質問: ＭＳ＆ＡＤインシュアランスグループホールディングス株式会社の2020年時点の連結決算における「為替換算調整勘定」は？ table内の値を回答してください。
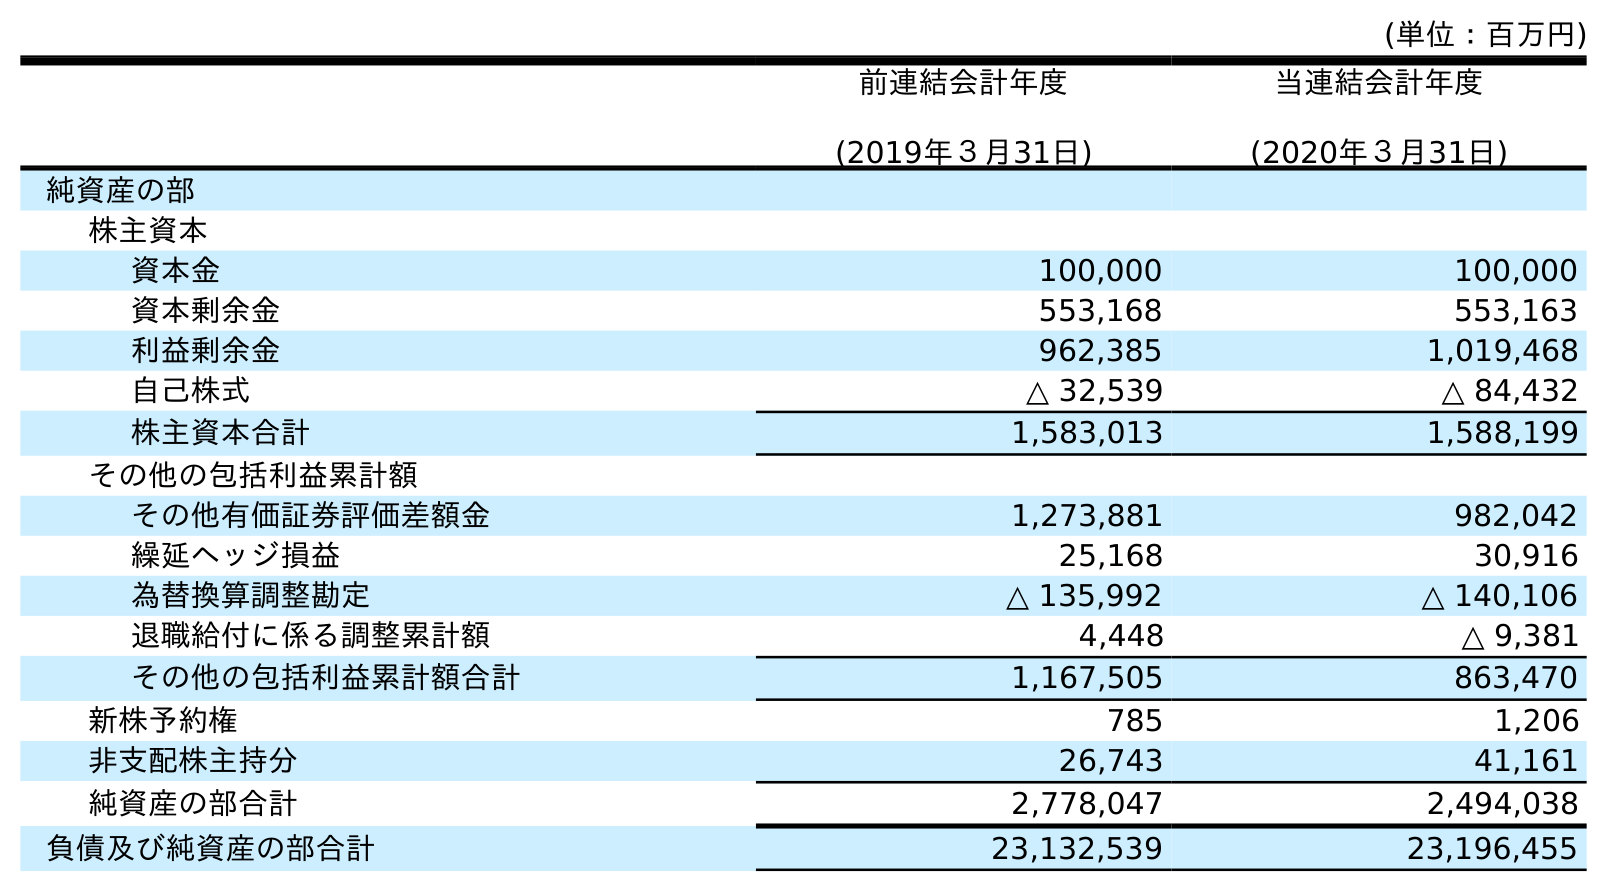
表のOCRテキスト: (単位：百万円) 前連結会計年度 (2019年３月31日) 当連結会計年度 (2020年３月31日) 純資産の部 株主資本 資本金 100,000 100,000 資本剰余金 553,168 553,163 利益剰余金 962,385 1,019,468 自己株式 △ 32,539 △ 84,432 株主資本合計 1,583,013 1,588,199 その他の包括利益累計額 その他有価証券評価差額金 1,273,881 982,042 繰延ヘッジ損益 25,168 30,916 為替換算調整勘定 △ 135,992 △ 140,106 退職給付に係る調整累計額 4,448 △ 9,381 その他の包括利益累計額合計 1,167,505 863,470 新株予約権 785 1,206 非支配株主持分 26,743 41,161 純資産の部合計 2,778,047 2,494,038 負債及び純資産の部合計 23,132,539 23,196,455
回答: △140,106